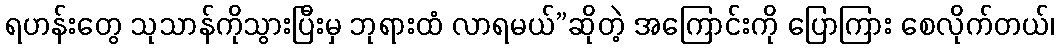
ရဟန်းတွေ သုသာန်ကိုသွားပြီးမှ ဘုရားထံ လာရမယ်”ဆိုတဲ့ အကြောင်းကို ပြောကြား စေလိုက်တယ်၊